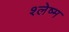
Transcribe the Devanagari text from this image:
श्‍लेष्‍म